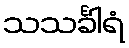
သသင်္ခါရံ